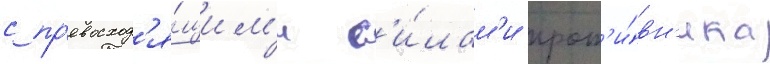
с пр'евосход'я́щим'и с'и́лам'и прот'и́вн'ика